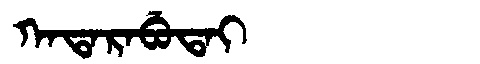
Manchu: ᡴᠠᡨᠠᡵᠠᠪᡠᡨᠠᡳ
Romanization: KATARABUTAI